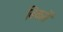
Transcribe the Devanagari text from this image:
बिकतें